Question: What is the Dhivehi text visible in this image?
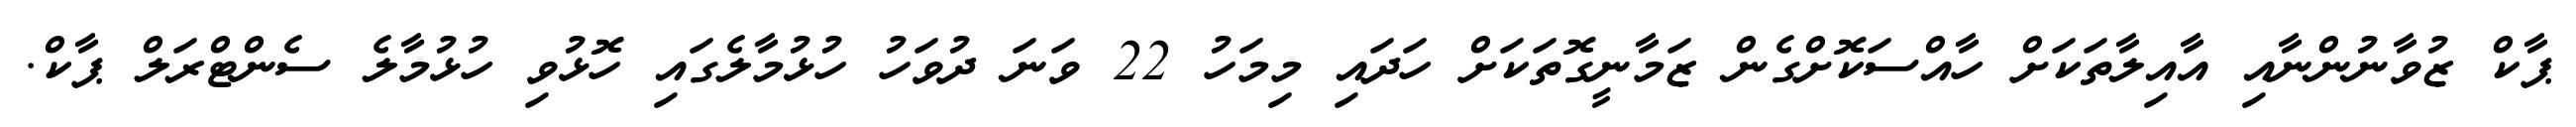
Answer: ޕާކް ޒުވާނުންނާއި އާއިލާތަކަށް ހާއްސަކޮށްގެން ޒަމާނީގޮތަކަށް ހަދައި މިމަހު 22 ވަނަ ދުވަހު ހުޅުމާލެގައި ހޮޅުވި ހުޅުމާލެ ސެންޓްރަލް ޕާކް.